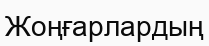
Жоңғарлардың